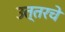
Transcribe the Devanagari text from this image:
उत्तरचे